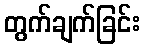
တွက်ချက်ခြင်း